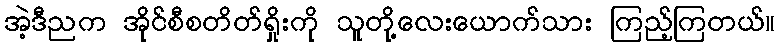
အဲ့ဒီညက အိုင်စီစတိတ်ရှိုးကို သူတို့လေးယောက်သား ကြည့်ကြတယ်။